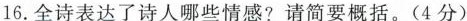
16.全诗表达了诗人哪些情感?请简要概括。(4分)